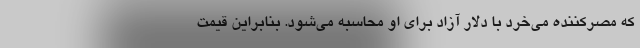
که مصر‌کننده می‌خرد با دلار آزاد برای او محاسبه می‌شود. بنابراین قیمت